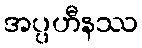
အပ္ပဟီနဿ